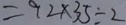
= 9 2 \times 3 5 \div 2